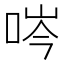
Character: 㖗